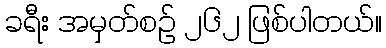
ခရီး အမှတ်စဉ် ၂၆၂ ဖြစ်ပါတယ်။